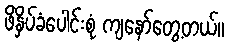
ဖိနှိပ်ခံပေါင်းစုံ ကျနော်တွေ့တယ်။